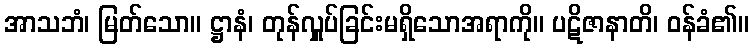
အာသဘံ၊ မြတ်သော။ ဋ္ဌာနံ၊ တုန်လှူပ်ခြင်းမရှိသောအရာကို။ ပဋိဇာနာတိ၊ ဝန်ခံ၏။